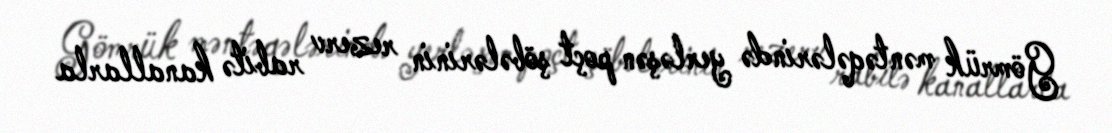
Gömrük məntəqələrində yerləşən poçt şöbələrinin rezerv rabitə kanallarla